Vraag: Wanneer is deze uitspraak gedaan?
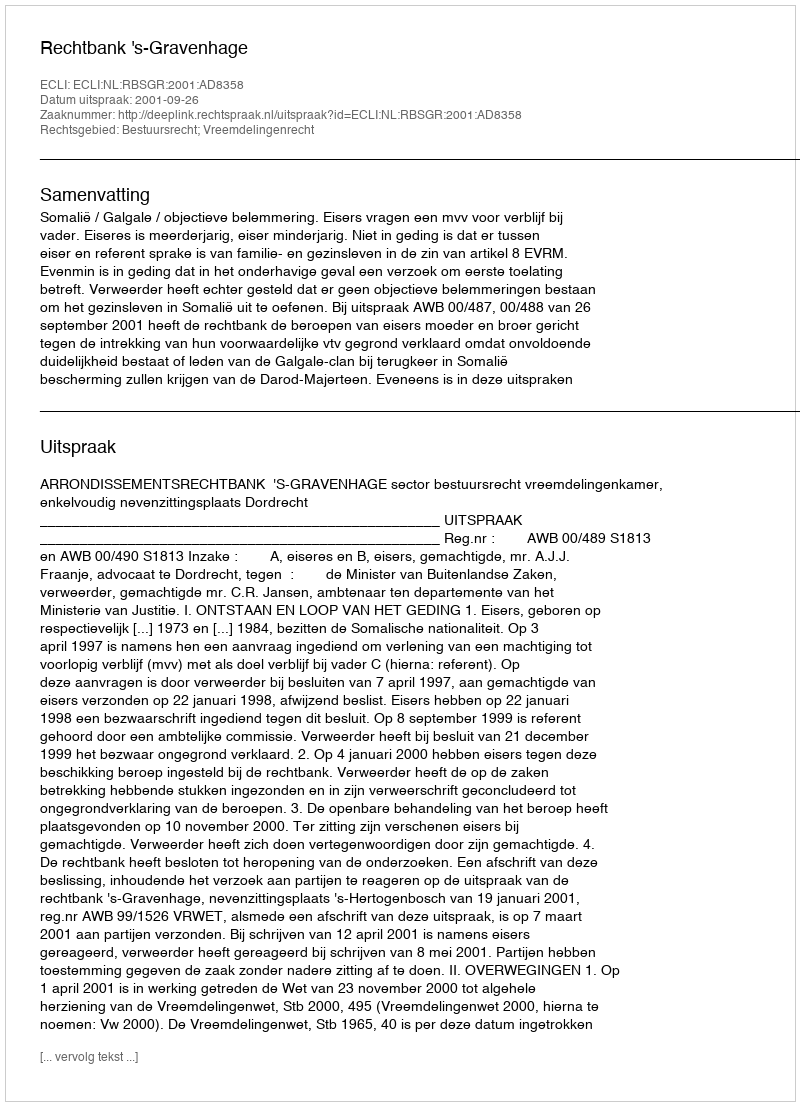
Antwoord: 2001-09-26